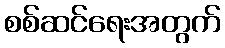
စစ်ဆင်ရေးအတွက်